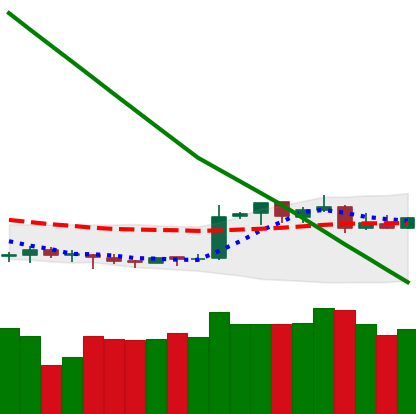
Ticker: XMR-USD
Chart end date: 2019-02-17
Forward return: 9.514%
Label: up_7plus